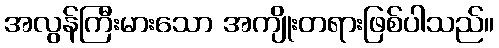
အလွန်ကြီးမားသော အကျိုးတရားဖြစ်ပါသည်။